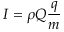
I = \rho Q \frac { q } { m }